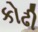
કોઢી